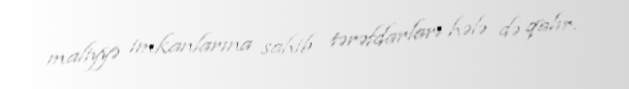
maliyyə imkanlarına sahib tərəfdarları hələ də qalır.